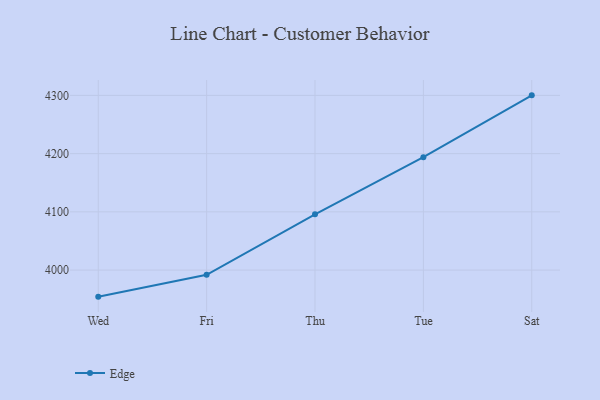
{"axis": {"x": "Day", "y": "Latency (ms)"}, "legend": ["Edge"], "data": [{"x": "Wed", "y": 3954.3, "type": "Edge"}, {"x": "Fri", "y": 3991.9, "type": "Edge"}, {"x": "Thu", "y": 4095.8, "type": "Edge"}, {"x": "Tue", "y": 4193.8, "type": "Edge"}, {"x": "Sat", "y": 4300.1, "type": "Edge"}]}